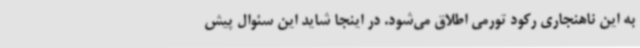
به این ناهنجاری رکود تورمی اطلاق می‌شود. در اینجا شاید این سئوال پیش